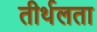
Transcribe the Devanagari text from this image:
तीर्थलता